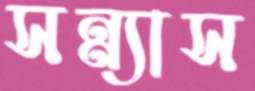
সন্ন্যাস